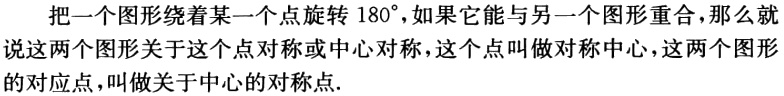
把一个图形绕着某一个点旋转 \(180^{\circ}\)，如果它能与另一个图形重合，那么就说这两个图形关于这个点对称或中心对称，这个点叫做对称中心，这两个图形的对应点，叫做关于中心的对称点.